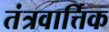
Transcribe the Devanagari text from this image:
तंत्रवार्त्तिक